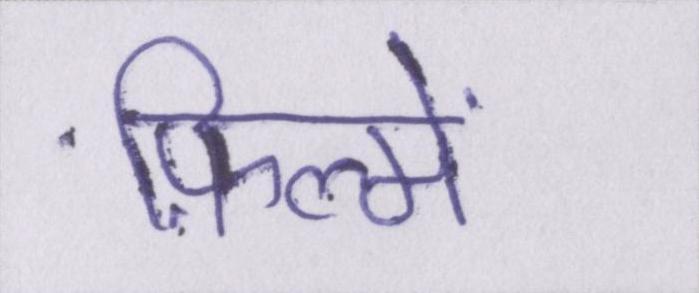
फ़िल्में